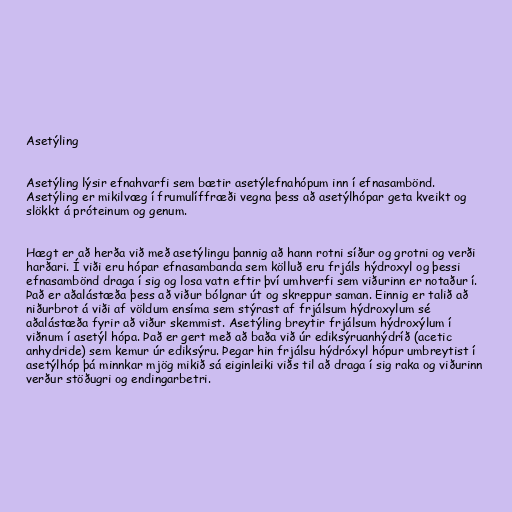
Asetýling

Asetýling lýsir efnahvarfi sem bætir asetýlefnahópum inn í efnasambönd.
Asetýling er mikilvæg í frumulíffræði vegna þess að asetýlhópar geta kveikt og
slökkt á próteinum og genum.

Hægt er að herða við með asetýlingu þannig að hann rotni síður og grotni og verði
harðari. Í viði eru hópar efnasambanda sem kölluð eru frjáls hýdroxyl og þessi
efnasambönd draga í sig og losa vatn eftir því umhverfi sem viðurinn er notaður í.
Það er aðalástæða þess að viður bólgnar út og skreppur saman. Einnig er talið að
niðurbrot á viði af völdum ensíma sem stýrast af frjálsum hýdroxylum sé
aðalástæða fyrir að viður skemmist. Asetýling breytir frjálsum hýdroxýlum í
viðnum í asetýl hópa. Það er gert með að baða við úr ediksýruanhýdríð (acetic
anhydride) sem kemur úr ediksýru. Þegar hin frjálsu hýdróxyl hópur umbreytist í
asetýlhóp þá minnkar mjög mikið sá eiginleiki viðs til að draga í sig raka og viðurinn
verður stöðugri og endingarbetri.